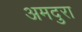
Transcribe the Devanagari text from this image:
अमदुरा